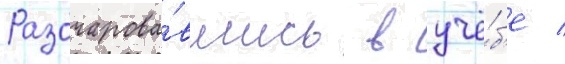
Разочарова́вшись в учё́б'е /